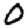
Digit: 0